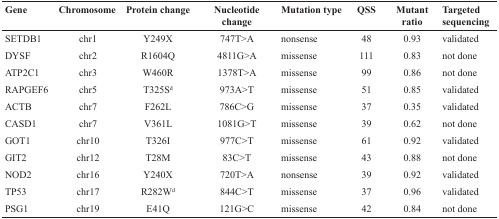
<table><thead><tr><td><b>Gene</b></td><td><b>Chromosome</b></td><td><b>Protein change</b></td><td><b>Nucleotide change</b></td><td><b>Mutation type</b></td><td><b>QSS</b></td><td><b>Mutant ratio</b></td><td><b>Targeted sequencing</b></td></tr></thead><tbody><tr><td>SETDB1</td><td>chr1</td><td>Y249X</td><td>747T&gt;A</td><td>nonsense</td><td>48</td><td>0.93</td><td>validated</td></tr><tr><td>DYSF</td><td>chr2</td><td>R1604Q</td><td>4811G&gt;A</td><td>missense</td><td>111</td><td>0.83</td><td>not done</td></tr><tr><td>ATP2C1</td><td>chr3</td><td>W460R</td><td>1378T&gt;A</td><td>missense</td><td>99</td><td>0.86</td><td>not done</td></tr><tr><td>RAPGEF6</td><td>chr5</td><td>T325S<sup>d</sup></td><td>973A&gt;T</td><td>missense</td><td>51</td><td>0.85</td><td>validated</td></tr><tr><td>ACTB</td><td>chr7</td><td>F262L</td><td>786C&gt;G</td><td>missense</td><td>37</td><td>0.35</td><td>validated</td></tr><tr><td>CASD1</td><td>chr7</td><td>V361L</td><td>1081G&gt;T</td><td>missense</td><td>39</td><td>0.62</td><td>not done</td></tr><tr><td>GOT1</td><td>chr10</td><td>T326I</td><td>977C&gt;T</td><td>missense</td><td>61</td><td>0.92</td><td>validated</td></tr><tr><td>GIT2</td><td>chr12</td><td>T28M</td><td>83C&gt;T</td><td>missense</td><td>43</td><td>0.88</td><td>not done</td></tr><tr><td>NOD2</td><td>chr16</td><td>Y240X</td><td>720T&gt;A</td><td>nonsense</td><td>39</td><td>0.92</td><td>validated</td></tr><tr><td>TP53</td><td>chr17</td><td>R282W<sup>d</sup></td><td>844C&gt;T</td><td>missense</td><td>37</td><td>0.96</td><td>validated</td></tr><tr><td>PSG1</td><td>chr19</td><td>E41Q</td><td>121G&gt;C</td><td>missense</td><td>42</td><td>0.84</td><td>not done</td></tr></tbody></table>